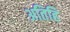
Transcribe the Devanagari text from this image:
अतिहि